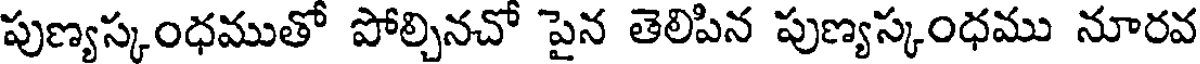
పుణ్యస్కంధముతో పోల్చినచో పైన తెలిపిన పుణ్యస్కంధము నూరవ